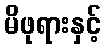
မိဖုရားနှင့်